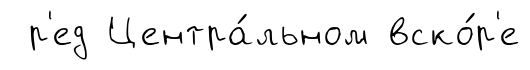
р'ед Центра́льном вско́р'е